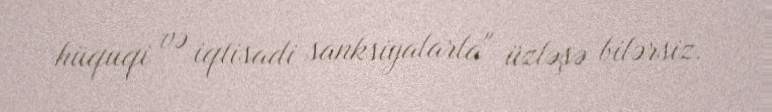
hüquqi və iqtisadi sanksiyalarla" üzləşə bilərsiz.